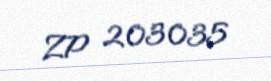
ZP 203035